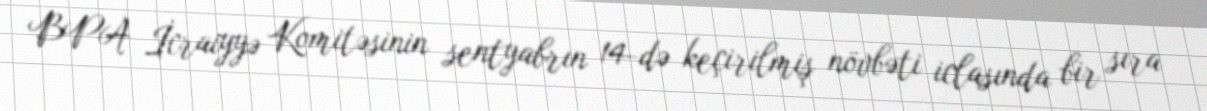
BPA İcraiyyə Komitəsinin sentyabrın 14-də keçirilmiş növbəti iclasında bir sıra